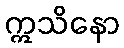
ဣသိနော